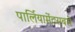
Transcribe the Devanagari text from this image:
पार्लियामेंटसबसे